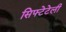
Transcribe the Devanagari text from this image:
सिफ्टेटेली